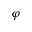
\varphi